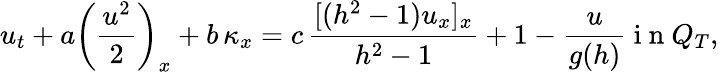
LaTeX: u_{t}+a\left(\frac{u^{2}}{2}\right)_{x}+b\, \kappa_{x}=c\, \frac{[(h^{2}-1)u_{x}]_{x}}{h^{2}-1}+1-\frac{u}{g(h)}\mathrm{~i~n~}Q_{T},